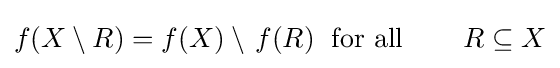
f(X\setminus R)=f(X)\setminus \,f(R)\;{\text{ for all }}\,~~~~~R\subseteq X